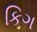
કિગ